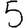
Digit: 5